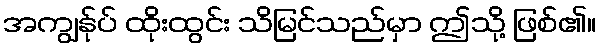
အကျွန်ုပ် ထိုးထွင်း သိမြင်သည်မှာ ဤသို့ ဖြစ်၏။